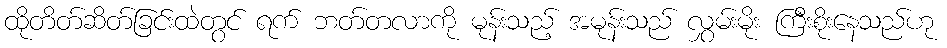
ထိုတိတ်ဆိတ်ခြင်းထဲတွင် ရက် ဘတ်တလာကို မုန်းသည့် အမုန်းသည် လွှမ်းမိုး ကြီးစိုးနေသည်ဟု